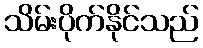
သိမ်းပိုက်နိုင်သည်